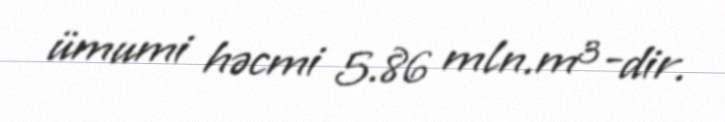
ümumi həcmi 5.86 mln.m³-dir.